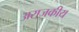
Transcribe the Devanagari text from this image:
अराजकीय